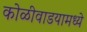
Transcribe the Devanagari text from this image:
कोळीवाडयामध्ये